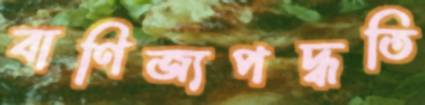
বাণিজ্যপদ্ধতি